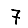
Digit: 7